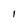
Character: I